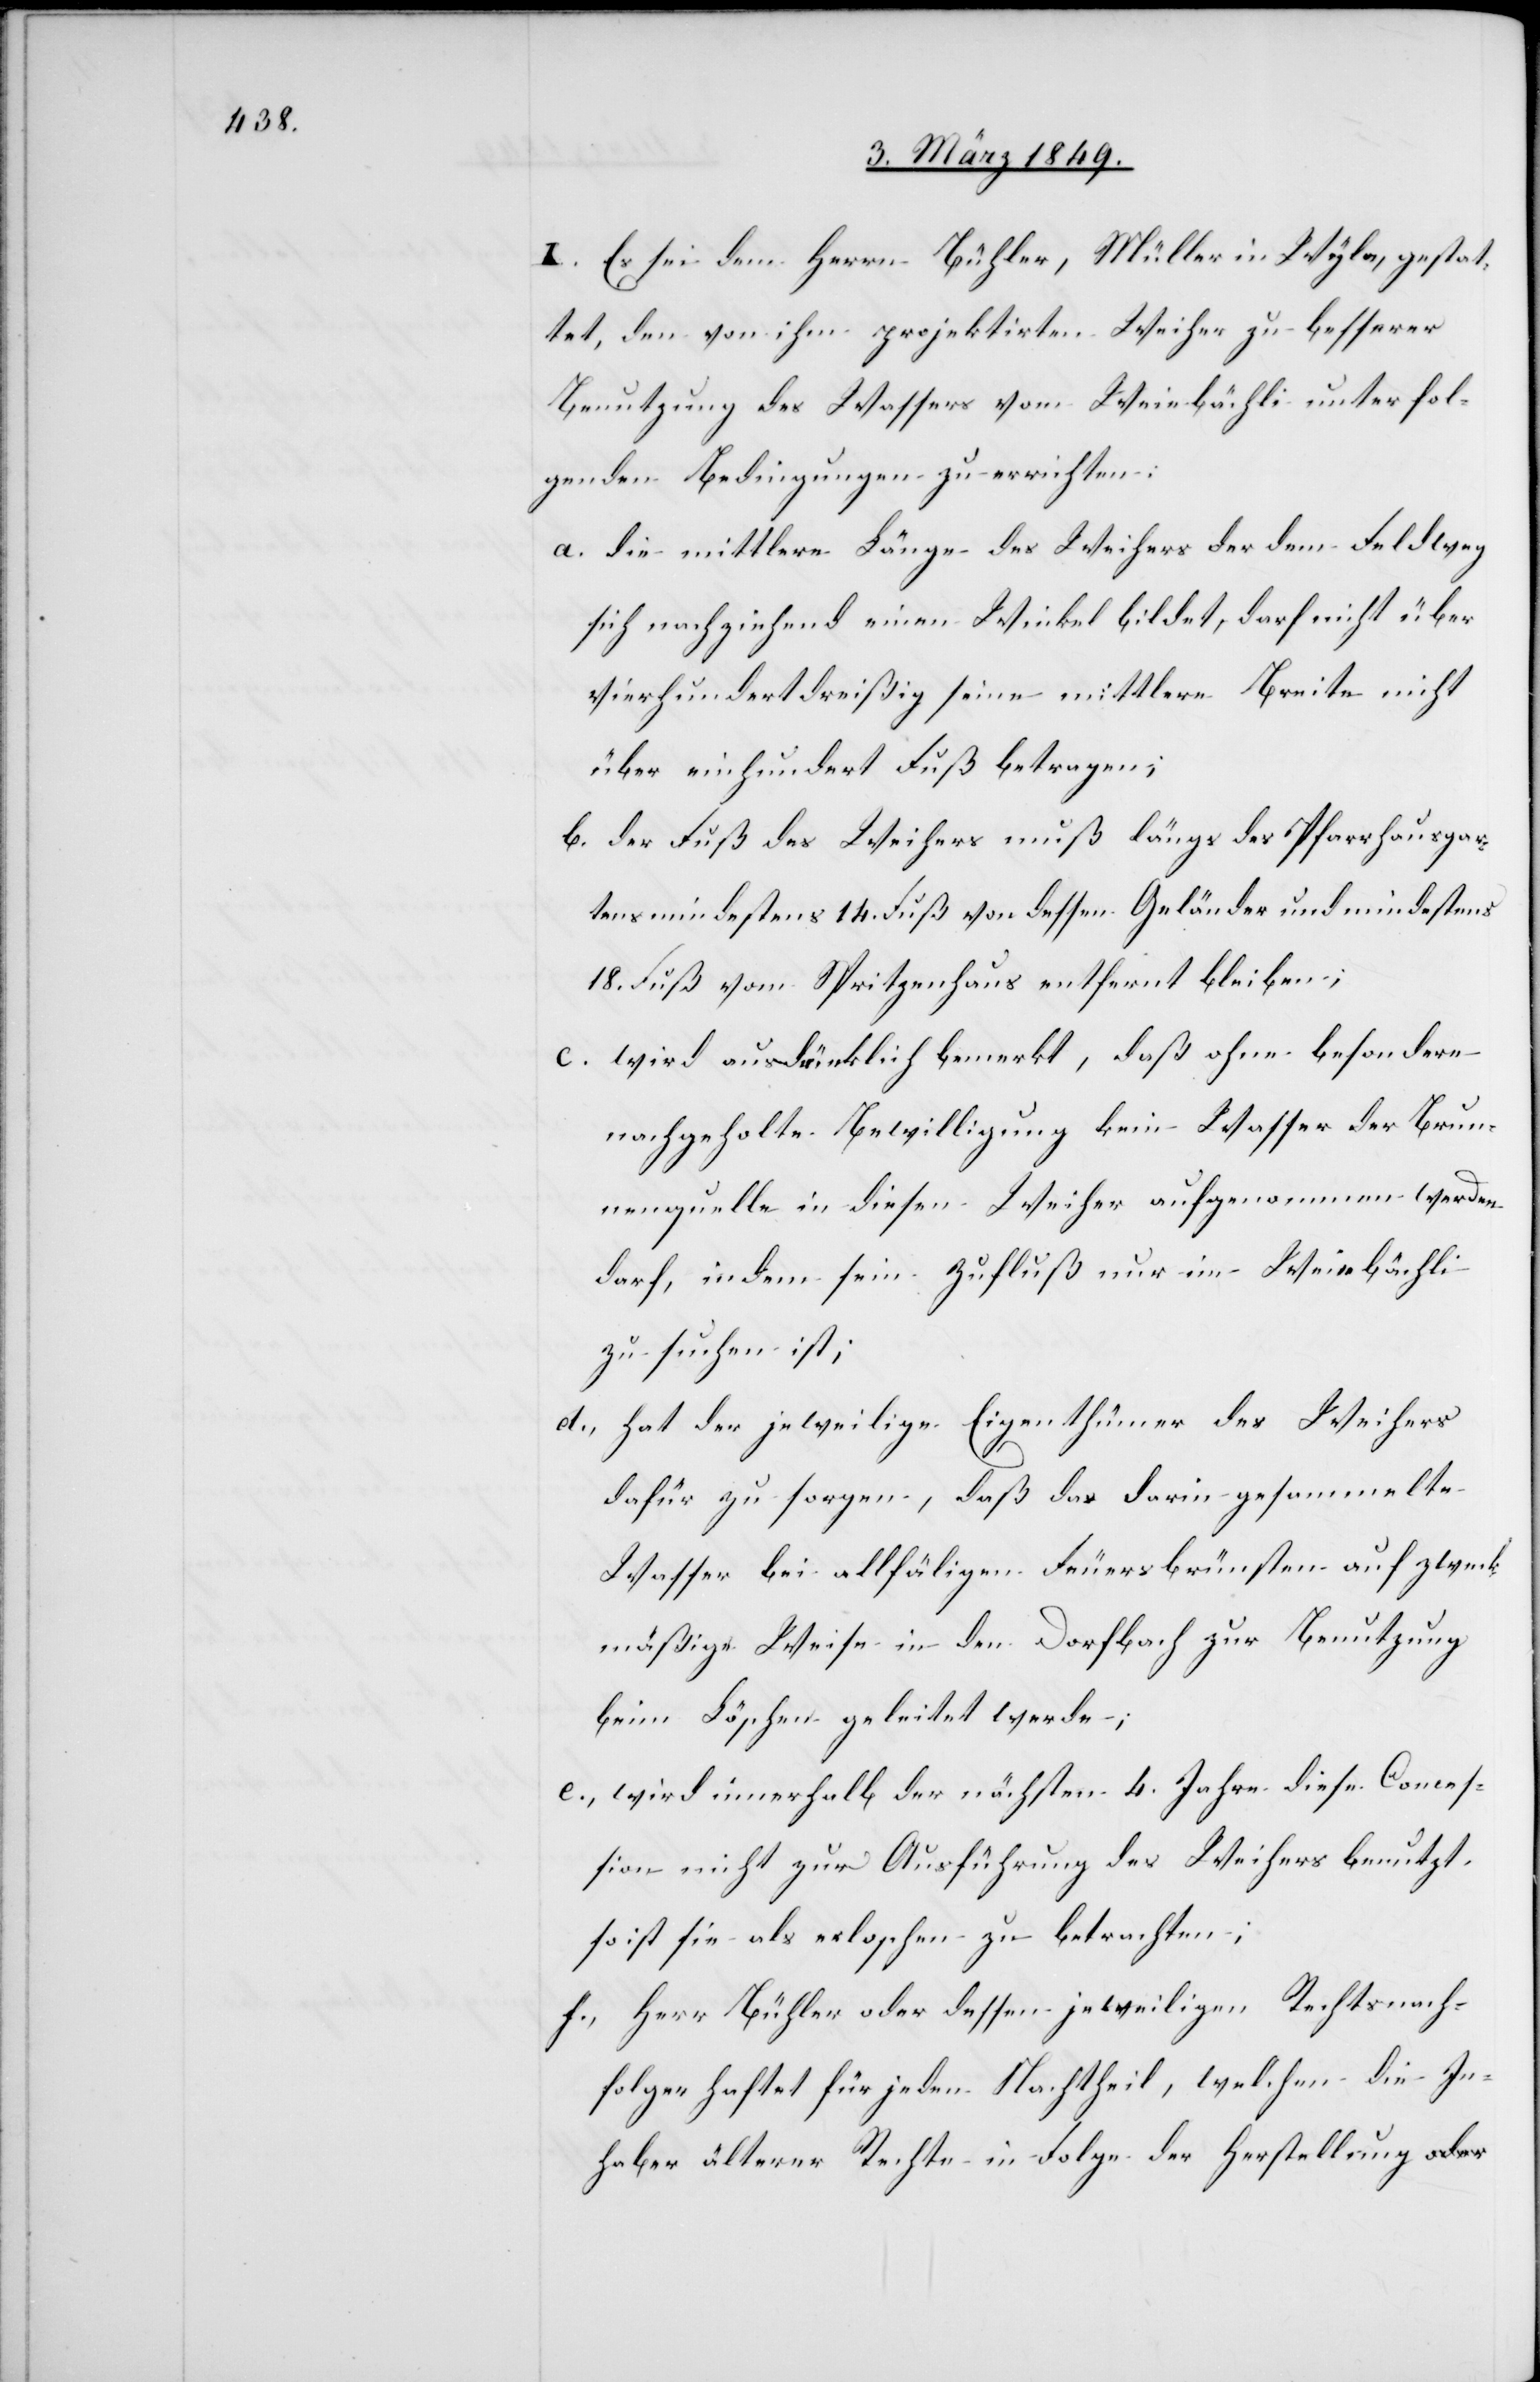
tens 14.

I. Es sei dem Herrn Bühler, Müller in Wyla, gestat¬
tet, den von ihm projektirten Weiher zu besserer
Benutzung des Wassers vom Weiebächli unter fol¬
genden Bedingungen zu errichten:
a. die mittlere Länge des Weihers der dem Feldweg
sich nachziehend einen Winkel bildet, darf nicht über
vierhundertdreißig seine mittlere Breite nicht
über einhundert Fuß betragen;
b. der Fuß des Weihers muß längs des Pfarrhausgar¬
18. Fuß vom Spritzenhaus entfernt bleiben;
c. wird ausdrücklich bemerkt, daß ohne besondere
nachgeholte Bewilligung kein Wasser der Brun¬
nenquelle in diesen Weiher aufgenommen werden
darf, in dem sein Zufluß nur im Weiebächli
zu suchen ist;
d., hat der jeweilige Eigenthümer des Weihers
dafür zu sorgen, daß das darin gesammelte
Wasser bei allfäligen Feuersbrünsten auf zweck¬
mäßige Weise in den Dorfbach zur Benutzung
beim Löschen geleitet werde;
e., wird innerhalb der nächsten 4. Jahre diese Conces¬
sion nicht zur Ausführung des Weihers benutzt,
so ist sie als erloschen zu betrachten;
f., Herr Bühler oder dessen jeweiligen Rechtsnach¬
folger haftet für jeden Nachtheil, welchen die In¬
haber älterer Rechte in Folge der Herstellung